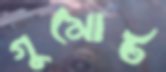
গুমোট